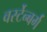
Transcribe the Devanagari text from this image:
वर्स्टेन्बर्ग